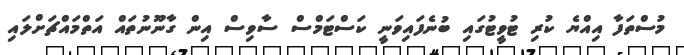
މުސްތަފާ އިއްޔެ ކުރި ޓުވީޓުގައި ބުނެފައިވަނީ ކަސްޓަމްސް ސާވިސް އިން ގާނޫނުތައް އަތްމައްޗަށްލައި